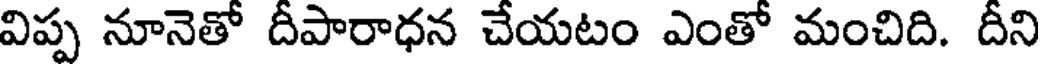
విప్ప నూనెతో దీపారాధన చేయటం ఎంతో మంచిది. దీని